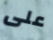
على